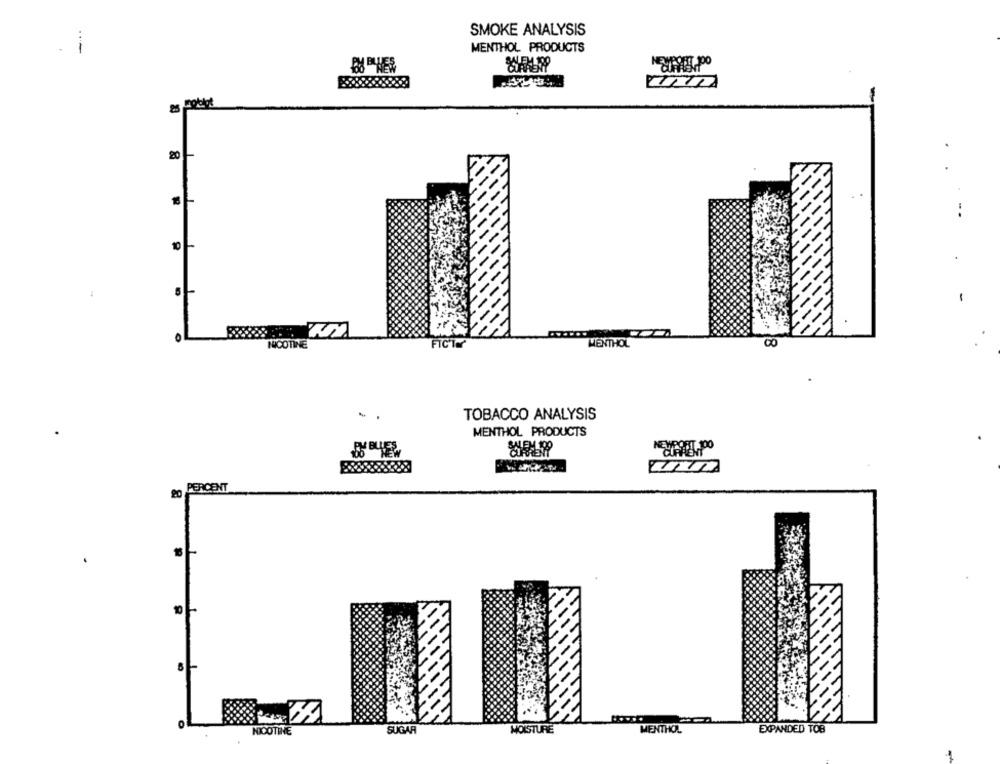
SMOKE ANALYSIS
--
MENTHOL PRODUCTS
20
-.
1 -
NICOTINE
FICT
MENTHOL
TOBACCO ANALYSIS
MENTHOL PRODUCTS
PERCENT
NICOTINE
SUGAR
MOISTURE
MENTHOL
EXPANDED TOB
1